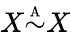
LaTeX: X{\overset{\underset{\mathrm{A}}{}}{\sim}}X